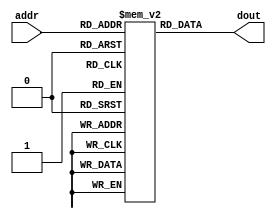
module parameterized_rom #(
    parameter ADDR_WIDTH = 4,    // Number of address bits
    parameter DATA_WIDTH = 8,     // Width of data stored
    parameter MEM_INIT_FILE = ""  // Initialization file name (optional)
)(
    input wire [ADDR_WIDTH-1:0] addr, // Address input
    output reg [DATA_WIDTH-1:0] dout   // Data output
);

    // Memory declaration using a reg array
    reg [DATA_WIDTH-1:0] mem [(2**ADDR_WIDTH)-1:0];

    // Memory initialization block
    initial begin
        if (MEM_INIT_FILE != "") begin
            $readmemh(MEM_INIT_FILE, mem); // Load from file if specified
        end else begin
            // Hardcode initialization values (example)
            mem[0] = 8'h00; // Value at address 0
            mem[1] = 8'h01; // Value at address 1
            mem[2] = 8'h02; // Value at address 2
            mem[3] = 8'h03; // Value at address 3
            mem[4] = 8'h04; // Value at address 4
            mem[5] = 8'h05; // Value at address 5
            mem[6] = 8'h06; // Value at address 6
            mem[7] = 8'h07; // Value at address 7
        end
    end

    // Always block for output assignment (asynchronous behavior)
    always @(*) begin
        dout = mem[addr]; // Read data from memory based on the address
    end

endmodule